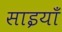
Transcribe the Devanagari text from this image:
साइयाँ